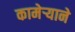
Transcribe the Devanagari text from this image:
कामेर्‍याने